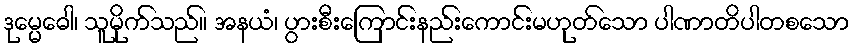
ဒုမ္မေဓေါ၊ သူမိုက်သည်။ အနယံ၊ ပွားစီးကြောင်းနည်းကောင်းမဟုတ်သော ပါဏာတိပါတစသော